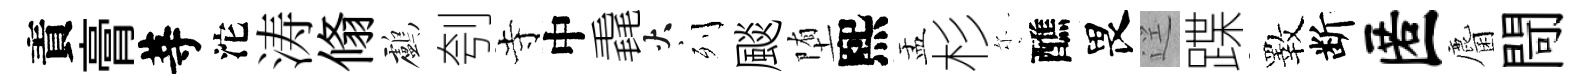
責膏䓁沱涛翛鸕刳寺中毳火列颷堕熙盂杉尓醮畏逕蹀斁断匿麕閜